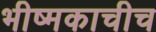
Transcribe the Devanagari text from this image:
भीष्मकाचीच